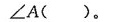
∠A( )。